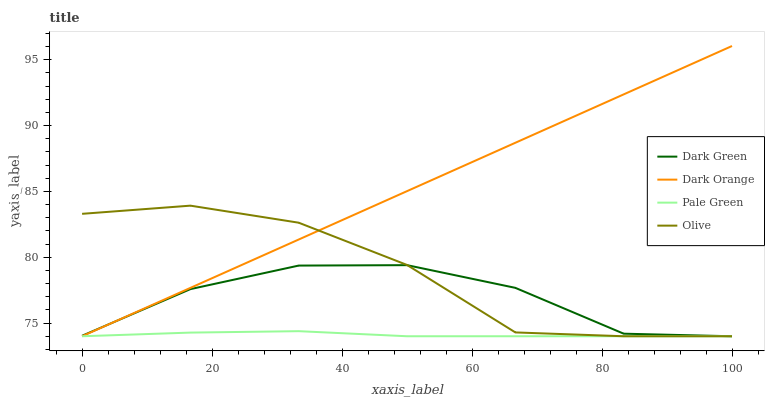
| xaxis_label | Dark Green | Dark Orange | Pale Green | Olive |
 | --- | --- | --- | --- | --- |
 | 0 | 74 | 74 | 74 | 83.3 |
 | 16.7 | 77.6 | 77.7 | 74.3 | 83.9 |
 | 33.3 | 79.4 | 81.3 | 74.4 | 82.6 |
 | 50 | 79.4 | 85 | 74 | 79.4 |
 | 66.7 | 77.7 | 88.7 | 74 | 74.3 |
 | 83.3 | 74.2 | 92.4 | 74 | 74 |
 | 100 | 74 | 96 | 74 | 74 |